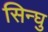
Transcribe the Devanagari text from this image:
सिन्घु